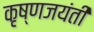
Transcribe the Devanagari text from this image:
कृष्णजयंती